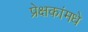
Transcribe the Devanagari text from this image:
प्रेक्षकांमधे